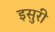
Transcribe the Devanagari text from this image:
इसुरी